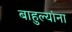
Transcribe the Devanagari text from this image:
बाहुल्यांना